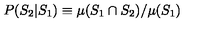
P ( S _ { 2 } | S _ { 1 } ) \equiv \mu ( S _ { 1 } \cap S _ { 2 } ) / \mu ( S _ { 1 } )